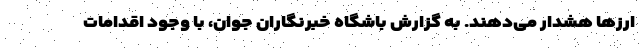
ارز‌ها هشدار می‌دهند. به گزارش باشگاه خبرنگاران جوان، با وجود اقدامات